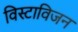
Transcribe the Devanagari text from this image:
विस्टाविजन